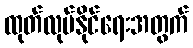
ထုတ်လုပ်နိုင်ရေးအတွက်